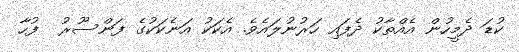
ކުޑަ ދެމީހުން އެއްތާކު ދެފައި ހަރުނުލައެވެ. އެކަކު އަނެކަކުގެ ފަންސޫރު  ފުހާ